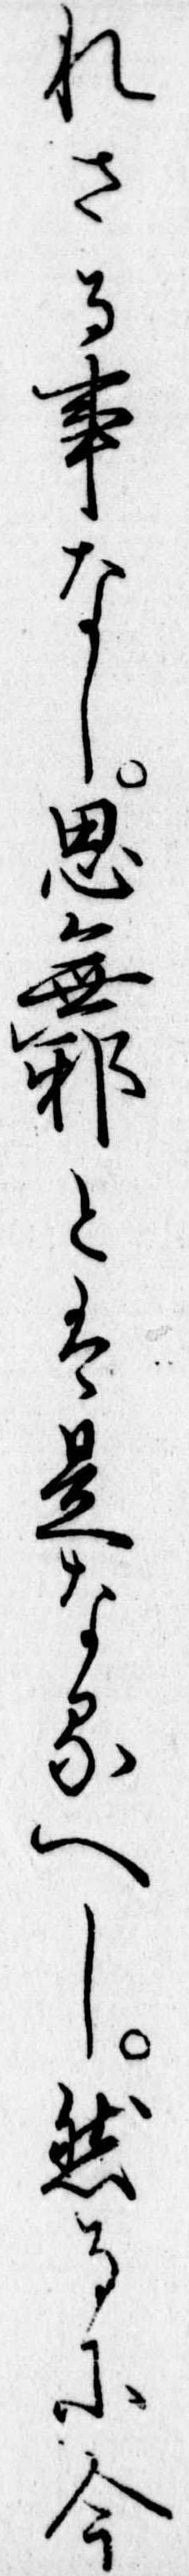
れさる事なし思無邪とは是なるへし然るに今